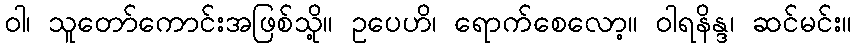
ဝါ၊ သူတော်ကောင်းအဖြစ်သို့။ ဥပေဟိ၊ ရောက်စေလော့။ ဝါရနိန္ဒ၊ ဆင်မင်း။